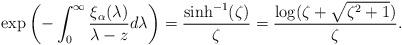
LaTeX: \begin{align*}\exp\left(-\int_0^\infty \frac{\xi_\alpha(\lambda)}{\lambda-z}d\lambda\right)=\frac{\sinh^{-1}(\zeta)}{\zeta}=\frac{\log(\zeta+\sqrt{\zeta^2+1})}{\zeta}.\end{align*}